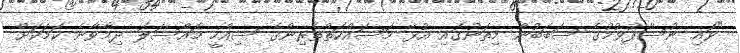
"ވައި ނުސާފުވުމުގެ ސަބަބުން މިތަނުގައި އުޅޭ މަސައްކަތްތެރިންގެ ސިއްހީ މައްސަލަ ދިމާވާނެ ކަމަކަށް